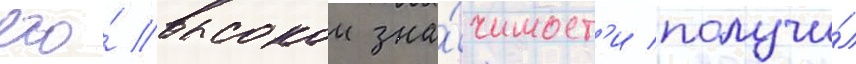
его́ высокои зна́чимост'и получи́л